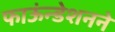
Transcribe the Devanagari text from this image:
फाऊंन्‍डेशनने